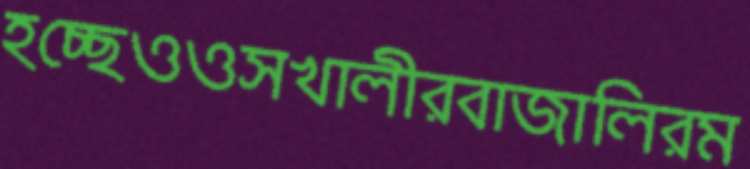
হচ্ছেওওসখালীরবাজালিরম